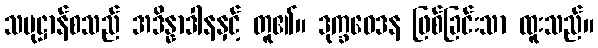
သမုဋ္ဌာန်စသည် အဒိန္နာဒါနနှင့် တူ၏။ ဒုက္ခဝေဒန ဖြစ်ခြင်းသာ ထူးသည်။